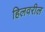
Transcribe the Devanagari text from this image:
हिलवरील